Civil Veterinary Dept. Bombay admin report 1893-99 - 1893-1899
Year: 1893
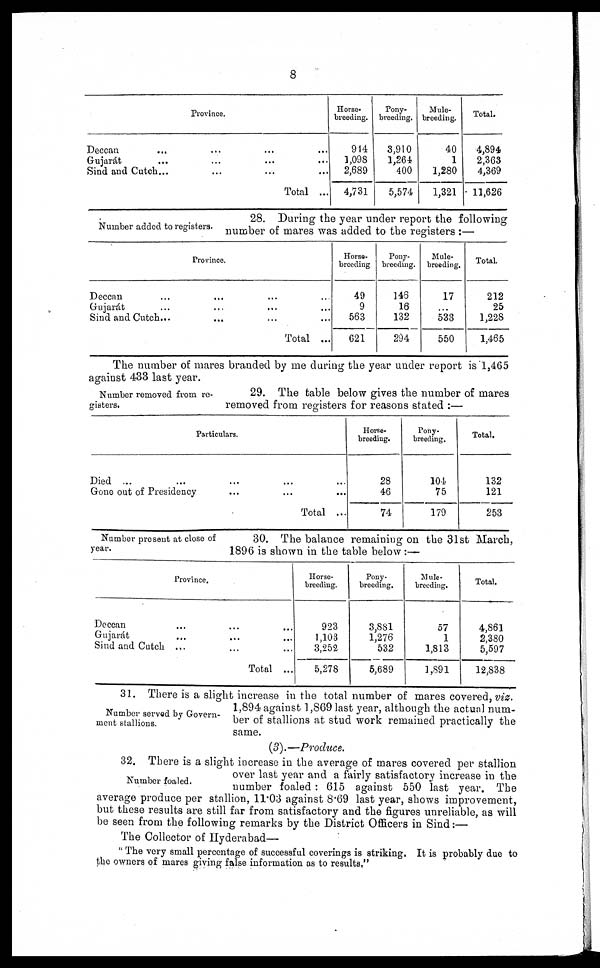
8
Province.
Deccan … … … …
Gujarát
…
…
......
Sind and Cutch...
...
...
...
Total ...
Horse-
breeding.
914
1,098
2,689
4,731
Pony-
breeding.
3,910
1,264
400
5,574
Mule-
breeding.
40
1
1,280
1,321
Total.
4,894
2,363
4,369
11,626
Number added to registers.
28. During the year under report the following
number of mares was added to the registers :—
Province
Deccan … … … …
Gujarát … ... ... ...
Sind and Cutch... … ...
…
Total ...
Horse-
breeding
49
9
563
621
Pony-
breeding.
146
16
132
294
Mule-
breeding.
17
... 533
550
Total.
212
25
1,228
1,465
The number of mares branded by me during the year under report is 1,465
against 433 last year.
Number removed from re-
gisters.
29. The table below gives the number of mares
removed from registers for reasons stated :—
Particulars.
Died ... … … … …
Gone out of Presidency
...
...
...
Total ...
Horse-
breeding.
28
46
74
Pony-
breeding.
104
75
179
Total.
132
121
253
Number present at close of
year.
30. The balance remaining on the 31st March,
1896 is shown in the table below :—
Province.
Deccan
…
... …
Gujarát
...
…
...
Sind and Cutch
…
...
...
Total ...
Horse-
breeding.
923
1,103
3,252
5,278
Pony-
breeding.
3,881
1,276
532
5,689
Mule-
breeding.
57
1
1,813
1,891
Total.
4,861
2,380
5,597
12,838
Number served by Govern-
ment stallions.
31. There is a slight increase in the total number of mares covered, viz.
1,894 against 1,869 last year, although the actual num-
ber of stallions at stud work remained practically the
same.
(3).—Produce.
Number foaled.
32. There is a slight increase in the average of mares covered per stallion
over last year and a fairly satisfactory increase in the
number foaled : 615 against 550 last year. The
average produce per stallion, 11.03 against 8.69 last year, shows improvement,
but these results are still far from satisfactory and the figures unreliable, as will
be seen from the following remarks by the District Officers in Sind :—
The Collector of Hyderabad—
" The very small percentage of successful coverings is striking. It is probably due to
the owners of mares giving false information as to results,"